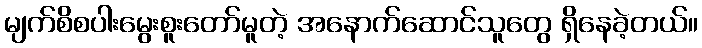
မျက်စိစပါးမွေးစူးတော်မူတဲ့ အနောက်ဆောင်သူတွေ ရှိနေခဲ့တယ်။